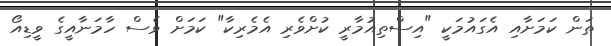
ތަން ކަމަށާއި އެގައުމަކީ "އިސްތިއުމާރީ ކުށްވެރި އެމެރިކާ" ކަމަށް ވެސް ހާމަނާއީގެ ވީޑިއޯ